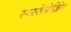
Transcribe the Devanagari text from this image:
स्य्स्तेमिज़िंग